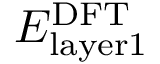
E _ { \mathrm { l a y e r 1 } } ^ { \mathrm { { D F T } } }